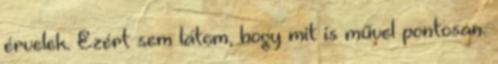
érvelek. Ezért sem látom, hogy mit is művel pontosan.